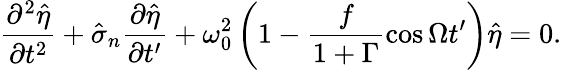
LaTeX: \frac{\partial^{2}\hat{\eta}}{\partial t^{2}}+\hat{\sigma}_{n}\frac{\partial\hat{\eta}}{\partial t^{\prime}}+\omega_{0}^{2}\left(1-\frac{f}{1+\Gamma}\cos{\Omega t^{\prime}}\right)\hat{\eta}=0.